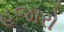
હજારો